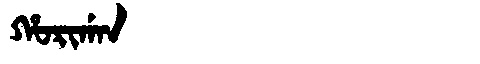
Manchu: ᡥᠣᡵᡳᡤᠠᠨ
Romanization: HORIGAN